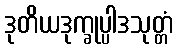
ဒုတိယဒုက္ခုပ္ပါဒသုတ္တံ